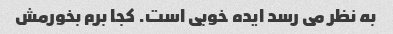
به نظر می رسد ایده خوبی است. کجا برم بخورمش